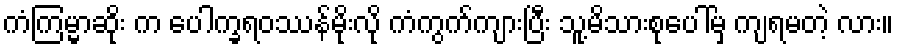
ကံကြမ္မာဆိုး က ပေါက္ခရဝဿန်မိုးလို ကံကွက်ကျားပြီး သူ့မိသားစုပေါ်မှ ကျရမတဲ့ လား။